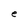
Character: e